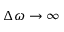
\Delta \omega \rightarrow \infty